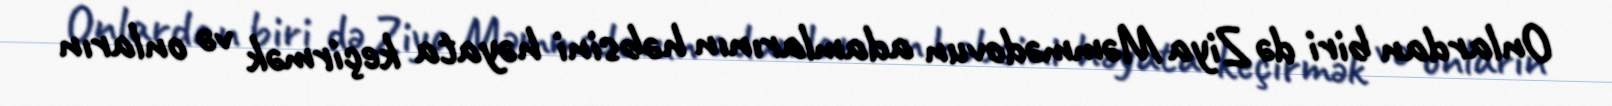
Onlardan biri də Ziya Məmmədovun adamlarının həbsini həyata keçirmək və onların